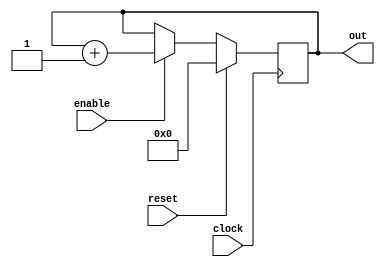
module foo( clock, reset, enable, out);
input clock;
input enable;
input reset;
output [3:0] out;

// Note all inputs should be wires, output can be wire or reg
wire clock;
wire enable;
wire reset;
reg [3:0] out;

always @ (posedge clock)
begin
  if (reset == 1'b1) begin
    out <= 4'b0000;
  end

  else if (enable == 1'b1) begin
    out <= out + 1;
  end
end

endmodule // foo


////////////////////////////////////
// Testbench
////////////////////////////////////

module testbench();
reg clock, reset, enable;
wire [3:0] out;

//Init
initial begin
  // Log
  $monitor ("%g\t%b\t%b\t%b\t%b", $time, clock, reset, enable, out);
  $dumpfile("test.vcd");
  $dumpvars(clock, reset, enable, out);
  clock = 1;
  reset = 0;
  enable = 0;
  #5 reset = 1;
  #10 reset = 0;
  #10 enable = 1;
  #100 enable = 0;
  #5 $finish;
end

//Clkgen
always begin
  #5 clock = ~clock;
end

// Build foo
foo myFoo (clock, reset, enable, out);

endmodule // testbench